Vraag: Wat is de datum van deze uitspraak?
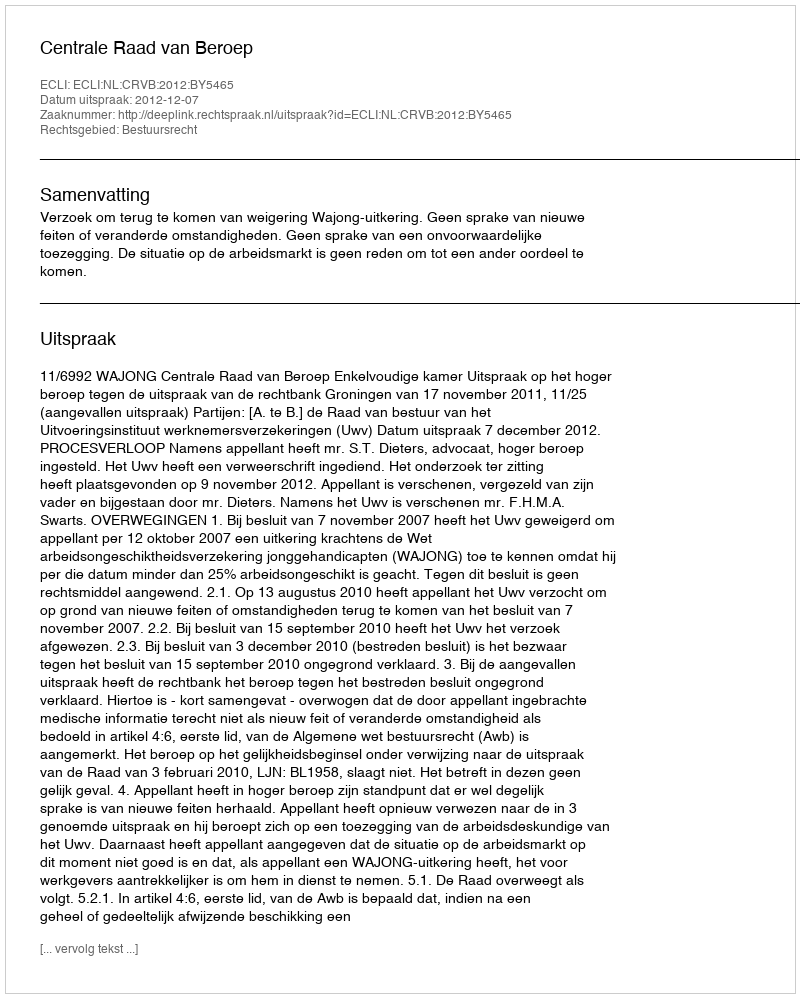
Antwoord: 2012-12-07